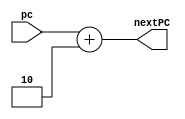
module PC_adder(input[15:0] pc,output[15:0] nextPC);
  reg[15:0] next;
  
  always @(*)next = pc + 16'd2;
  
  assign nextPC = next;
  
endmodule